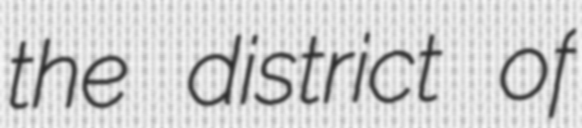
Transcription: the district of